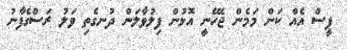
ޕީސް އެއް ކަން މަމެން ޖެހޭނީ އޮޅުން ފިލުވާލަން ދުނގެތި ވަލު ރަސްގެފާނު